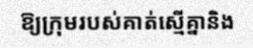
ឱ្យក្រុមរបស់គាត់ស្មើគ្នានិង